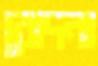
রোদনা